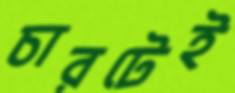
চারটেই